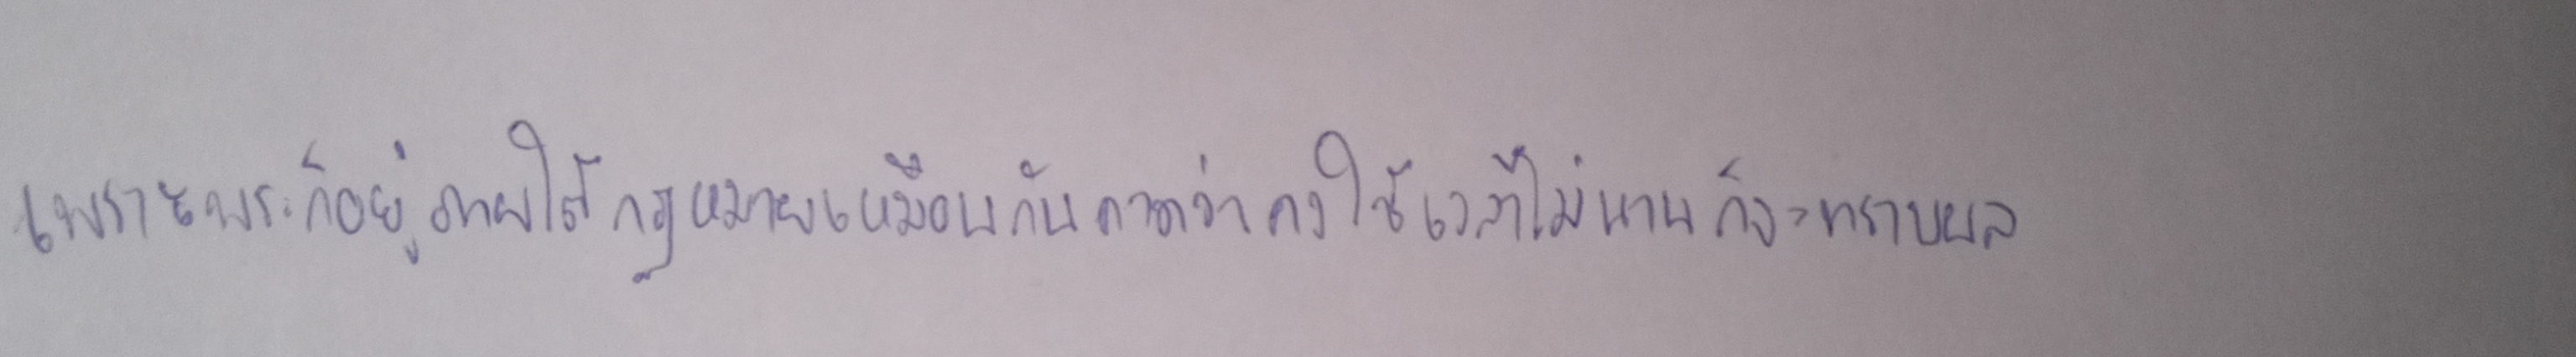
เพราะพระก็อยู่ภายใต้กฎหมายเหมือนกันคาดว่าคงใช้เวลาไม่นานก็จะทราบผล